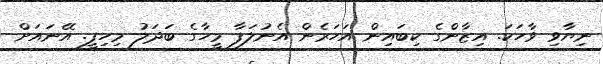
ނިޔާވި ވާހަކަ. އިޒާންގެ ކިބައިން އަހަރެން އެނުލަފާ މީހާގެ ބަދަލު މިހިފީ. އޭނައަށް